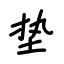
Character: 垫